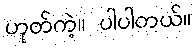
ဟုတ်ကဲ့။ ပါပါတယ်။